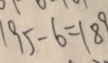
1 9 5 - 6 = 1 8 9